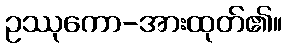
ဥဿုကော-အားထုတ်၏။